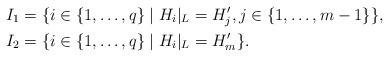
LaTeX: \begin{align*}I_1&=\{i\in \{1,\ldots, q\}\mid H_i|_L=H_{j}', j\in \{1,\ldots, m-1\}\},\\I_2&=\{i\in \{1,\ldots, q\}\mid H_i|_L=H_{m}'\}.\end{align*}